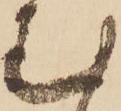
む